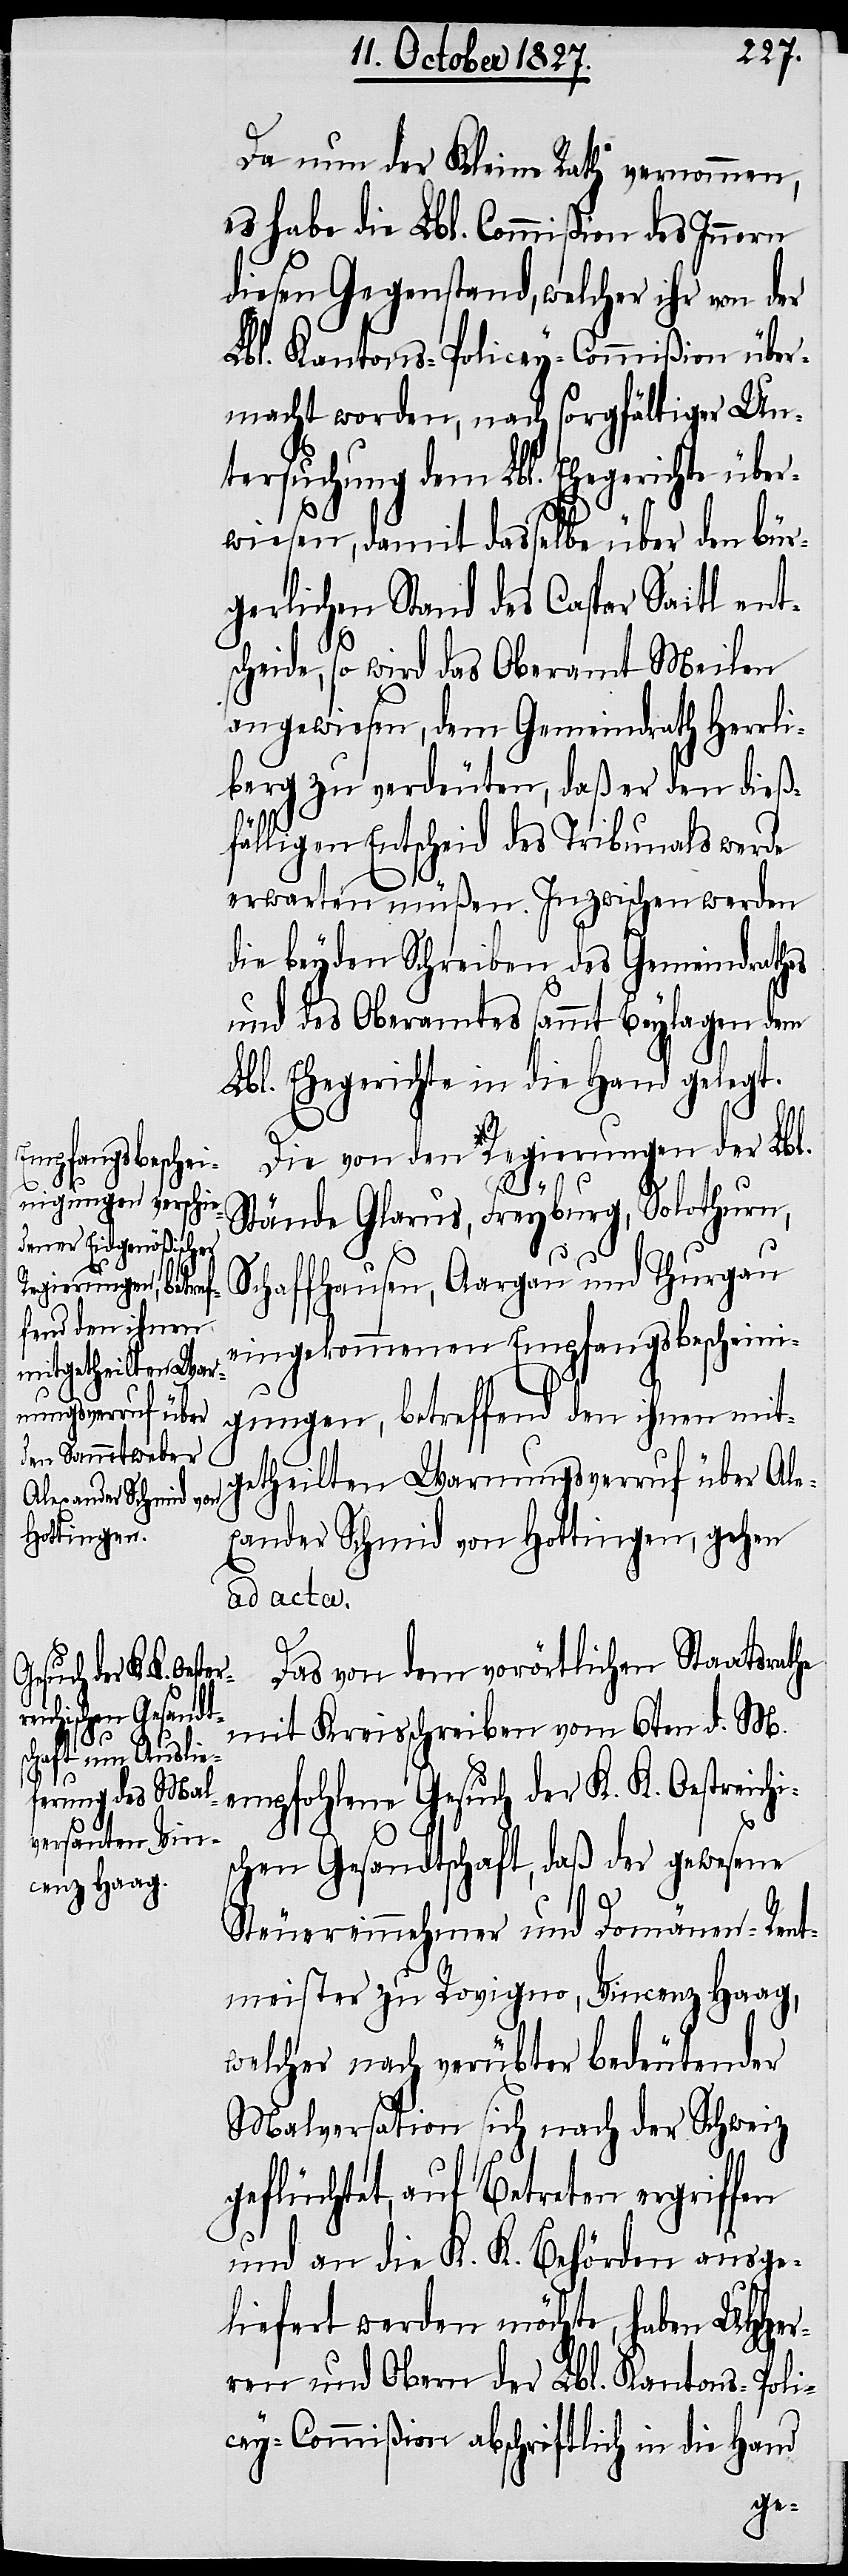
Da nun der Kleine Rath vernommen,
es habe die Lbl. Commißion des Innern
diesen Gegenstand, welcher ihr von der
Lbl. Kantons-Policey-Commißion über¬
macht worden, nach sorgfältiger Un¬
tersuchung dem Lbl. Ehegerichte über¬
wiesen, damit dasselbe über den bür¬
gerlichen Stand des Caspar Saitl ent¬
scheide, so wird das Oberamt Meilen
angewiesen, dem Gemeindrath Herrli¬
berg zu verdeuten, daß er den dieß¬
fälligen Entscheid des Tribunals werde
erwarten müßen. Inzwischen werden
die beyden Schreiben des Gemeindrathes
und des Oberamtes sammt Beylagen dem
Lbl. Ehegerichte in die Hand gelegt.
Die von den Regierungen der Lbl.
Stände Glarus, Freyburg, Solothurn,
Schaffhausen, Aargau und Thurgau
eingekommenen Empfangsbescheini¬
gungen, betreffend den ihnen mit¬
getheilten Warnungsverruf über Ale¬
xander Schmid von Hottingen, gehen
ad acta.
Das von dem vorörtlichen Staatsrathe
mit Kreisschreiben vom 6ten d. M.
empfohlene Gesuch der K. K. Oestreichi¬
chen Gesandtschaft, daß der gewesene
s¬
Steuereinnehmer und Domänen-Rent¬
meister zu Rovigno, Vincenz Haag,
welcher nach verübter bedeutender
Malversation sich nach der Schweiz
geflüchtet, auf Betreten ergriffen
und an die K. K. Behörden ausge¬
liefert werden möchte, haben UHHer¬
ren und Obern der Lbl. Kantons-Poli¬
cey-Commißion abschriftlich in die Hand